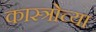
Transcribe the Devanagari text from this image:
कास्त्रोच्या